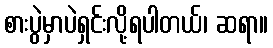
စားပွဲမှာပဲရှင်းလို့ရပါတယ်၊ ဆရာ။